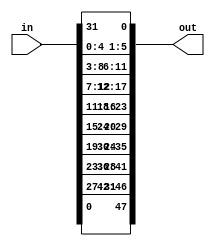
/*
MIT License

Copyright (c) 2020 Debtanu Mukherjee

Permission is hereby granted, free of charge, to any person obtaining a copy
of this software and associated documentation files (the "Software"), to deal
in the Software without restriction, including without limitation the rights
to use, copy, modify, merge, publish, distribute, sublicense, and/or sell
copies of the Software, and to permit persons to whom the Software is
furnished to do so, subject to the following conditions:

The above copyright notice and this permission notice shall be included in all
copies or substantial portions of the Software.

THE SOFTWARE IS PROVIDED "AS IS", WITHOUT WARRANTY OF ANY KIND, EXPRESS OR
IMPLIED, INCLUDING BUT NOT LIMITED TO THE WARRANTIES OF MERCHANTABILITY,
FITNESS FOR A PARTICULAR PURPOSE AND NONINFRINGEMENT. IN NO EVENT SHALL THE
AUTHORS OR COPYRIGHT HOLDERS BE LIABLE FOR ANY CLAIM, DAMAGES OR OTHER
LIABILITY, WHETHER IN AN ACTION OF CONTRACT, TORT OR OTHERWISE, ARISING FROM,
OUT OF OR IN CONNECTION WITH THE SOFTWARE OR THE USE OR OTHER DEALINGS IN THE
SOFTWARE.
*/

module selection_table(in, out);

input [1:32] in;
output [1:48] out;

//SELECTION TABLE
/*
                         32     1    2     3     4    5
                          4     5    6     7     8    9
                          8     9   10    11    12   13
                         12    13   14    15    16   17
                         16    17   18    19    20   21
                         20    21   22    23    24   25
                         24    25   26    27    28   29
                         28    29   30    31    32    1

*/

assign out = {in[32], in[1],  in[2],  in[3],  in[4],  in[5],
	      in[4],  in[5],  in[6],  in[7],  in[8],  in[9],
	      in[8],  in[9],  in[10], in[11], in[12], in[13],
	      in[12], in[13], in[14], in[15], in[16], in[17],
	      in[16], in[17], in[18], in[19], in[20], in[21],
	      in[20], in[21], in[22], in[23], in[24], in[25],
	      in[24], in[25], in[26], in[27], in[28], in[29],
	      in[28], in[29], in[30], in[31], in[32], in[1]};

endmodule